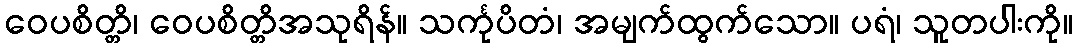
ဝေပစိတ္တိ၊ ဝေပစိတ္တိအသုရိန်။ သင်္ကုပိတံ၊ အမျက်ထွက်သော။ ပရံ၊ သူတပါးကို။